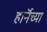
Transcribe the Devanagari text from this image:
हाॅर्नच्या